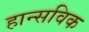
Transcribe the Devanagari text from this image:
हान्सविक